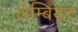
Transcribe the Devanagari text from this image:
लेम्बियर